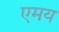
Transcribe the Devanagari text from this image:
एमय